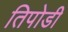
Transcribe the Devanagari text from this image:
तिपोडी